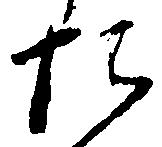
た